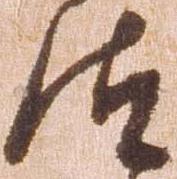
汰